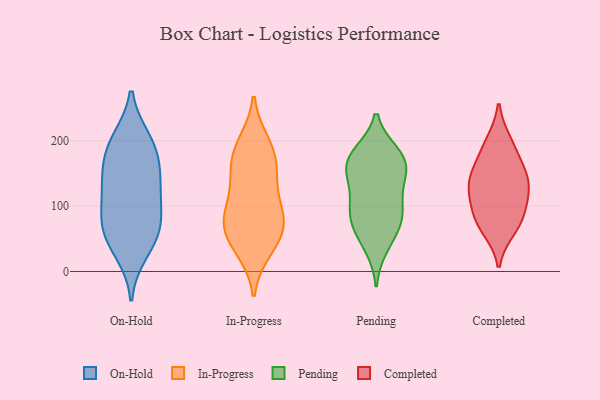
{"axis": {"x": "Tickets Resolved", "y": "Value"}, "legend": ["Completed", "In-Progress", "On-Hold", "Pending"], "data": [{"x": "", "y": 114, "type": "On-Hold"}, {"x": "", "y": 145, "type": "On-Hold"}, {"x": "", "y": 61, "type": "On-Hold"}, {"x": "", "y": 128, "type": "On-Hold"}, {"x": "", "y": 187, "type": "On-Hold"}, {"x": "", "y": 83, "type": "On-Hold"}, {"x": "", "y": 31, "type": "On-Hold"}, {"x": "", "y": 153, "type": "On-Hold"}, {"x": "", "y": 194, "type": "On-Hold"}, {"x": "", "y": 200, "type": "On-Hold"}, {"x": "", "y": 54, "type": "On-Hold"}, {"x": "", "y": 73, "type": "On-Hold"}, {"x": "", "y": 35, "type": "In-Progress"}, {"x": "", "y": 79, "type": "In-Progress"}, {"x": "", "y": 87, "type": "In-Progress"}, {"x": "", "y": 143, "type": "In-Progress"}, {"x": "", "y": 57, "type": "In-Progress"}, {"x": "", "y": 46, "type": "In-Progress"}, {"x": "", "y": 148, "type": "In-Progress"}, {"x": "", "y": 99, "type": "In-Progress"}, {"x": "", "y": 77, "type": "In-Progress"}, {"x": "", "y": 172, "type": "In-Progress"}, {"x": "", "y": 195, "type": "In-Progress"}, {"x": "", "y": 185, "type": "In-Progress"}, {"x": "", "y": 172, "type": "Pending"}, {"x": "", "y": 115, "type": "Pending"}, {"x": "", "y": 171, "type": "Pending"}, {"x": "", "y": 144, "type": "Pending"}, {"x": "", "y": 177, "type": "Pending"}, {"x": "", "y": 94, "type": "Pending"}, {"x": "", "y": 55, "type": "Pending"}, {"x": "", "y": 141, "type": "Pending"}, {"x": "", "y": 180, "type": "Pending"}, {"x": "", "y": 38, "type": "Pending"}, {"x": "", "y": 84, "type": "Pending"}, {"x": "", "y": 88, "type": "Pending"}, {"x": "", "y": 76, "type": "Pending"}, {"x": "", "y": 157, "type": "Pending"}, {"x": "", "y": 117, "type": "Completed"}, {"x": "", "y": 126, "type": "Completed"}, {"x": "", "y": 198, "type": "Completed"}, {"x": "", "y": 147, "type": "Completed"}, {"x": "", "y": 188, "type": "Completed"}, {"x": "", "y": 65, "type": "Completed"}, {"x": "", "y": 78, "type": "Completed"}, {"x": "", "y": 104, "type": "Completed"}, {"x": "", "y": 144, "type": "Completed"}, {"x": "", "y": 77, "type": "Completed"}, {"x": "", "y": 152, "type": "Completed"}]}